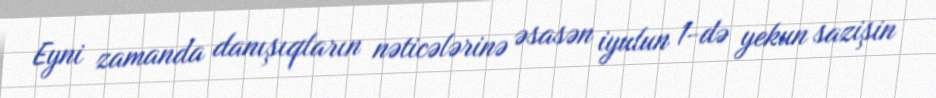
Eyni zamanda danışıqların nəticələrinə əsasən iyulun 1-də yekun sazişin